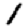
Digit: 1